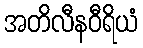
အတိလီနဝီရိယံ